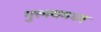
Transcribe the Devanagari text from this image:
गुरुत्त्वमध्य